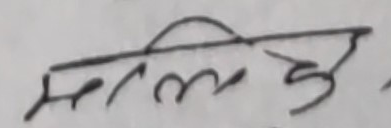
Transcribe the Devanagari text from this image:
मलिँहु